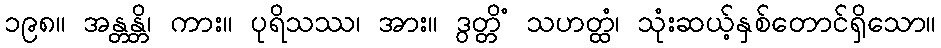
၁၉၈။ အန္တန္တိ၊ ကား။ ပုရိသဿ၊ အား။ ဒွတ္တိံ သဟတ္ထံ၊ သုံးဆယ့်နှစ်တောင်ရှိသော။